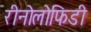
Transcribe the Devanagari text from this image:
रीनोलोफिडी